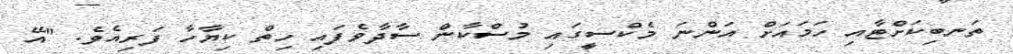
ތަނބިކަށްޓާއި ހަމައަށް އަންނަ މެކްސީގައި މުސްކާން ސާދާވެފައި ހިތް ކިޔާހާ ފަރިއެވެ. "އޭ